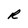
Character: R